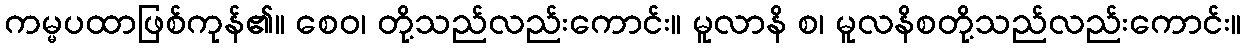
ကမ္မပထာဖြစ်ကုန်၏။ စေဝ၊ တို့သည်လည်းကောင်း။ မူလာနိ စ၊ မူလနိစတို့သည်လည်းကောင်း။